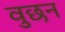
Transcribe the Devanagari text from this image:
वुछन